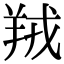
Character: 羢